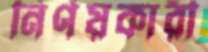
নির্ণয়কারী